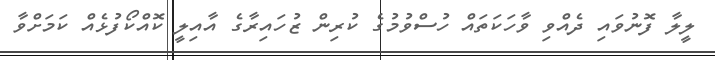
ލީލާ ފޮނުވައި ދެއްވި ވާހަކަތައް ހުސްވުމުގެ ކުރިން ޒުހައިރާގެ އާއިލީ ކޮއްކޯފުޅެއް ކަމަށްވާ